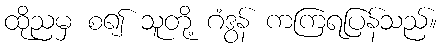
ထိုညမှ စ၍ သူတို့ ဂံဒွန် ကကြရပြန်သည်။